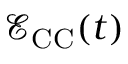
\mathcal { E } _ { \mathrm { C C } } ( t )